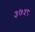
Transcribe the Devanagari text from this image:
३७५८